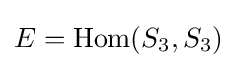
E=\operatorname {Hom} (S_{3},S_{3})